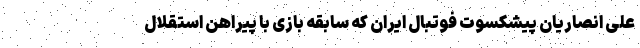
علی انصاریان پیشکسوت فوتبال ایران که سابقه بازی با پیراهن استقلال